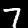
Label: 7